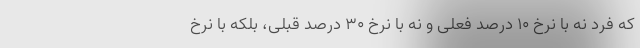
که فرد نه با نرخ ۱۰ درصد فعلی و نه با نرخ ۳۰ درصد قبلی، بلکه با نرخ